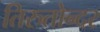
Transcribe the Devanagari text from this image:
तिरुतोन्दर